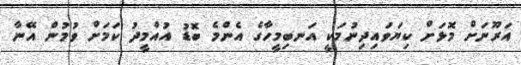
އަރޫނަށް މޮޅަށް ކިޔަވައިދިނުމަކީ އަނބިމީހާގެ އެންމެ ބޮޑު އުއްމީދު ކަމަށް ވުމުން އޭނާ